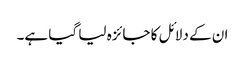
ان کے دلائل کا جائزہ لیا گیا ہے۔